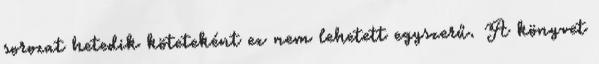
sorozat hetedik köteteként ez nem lehetett egyszerű. A könyvet